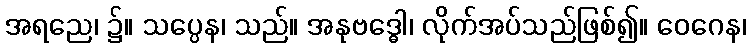
အရညေ၊ ၌။ သပ္ပေန၊ သည်။ အနုဗဒ္ဓေါ၊ လိုက်အပ်သည်ဖြစ်၍။ ဝေဂေန၊